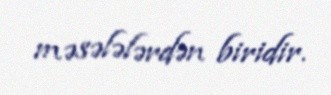
məsələlərdən biridir.